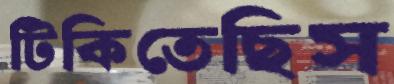
টিকিতেছিস